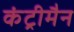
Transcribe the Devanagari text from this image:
कंट्रीमैन